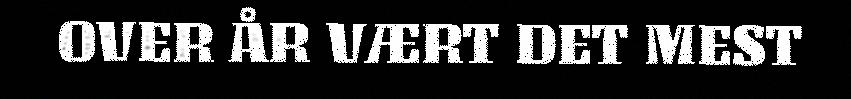
OVER ÅR VÆRT DET MEST